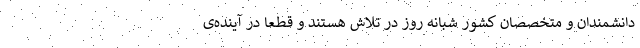
دانشمندان و متخصصان کشور شبانه روز در تلاش هستند و قطعا در آینده‌ی